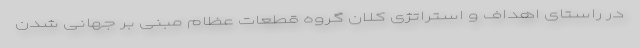
در راستای اهداف و استراتژی کلان گروه قطعات عظام مبنی بر جهانی شدن